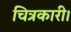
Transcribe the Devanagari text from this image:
चित्रकारी।